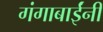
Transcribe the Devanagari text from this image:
गंगाबाईंनी